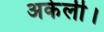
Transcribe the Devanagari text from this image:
अकेली।